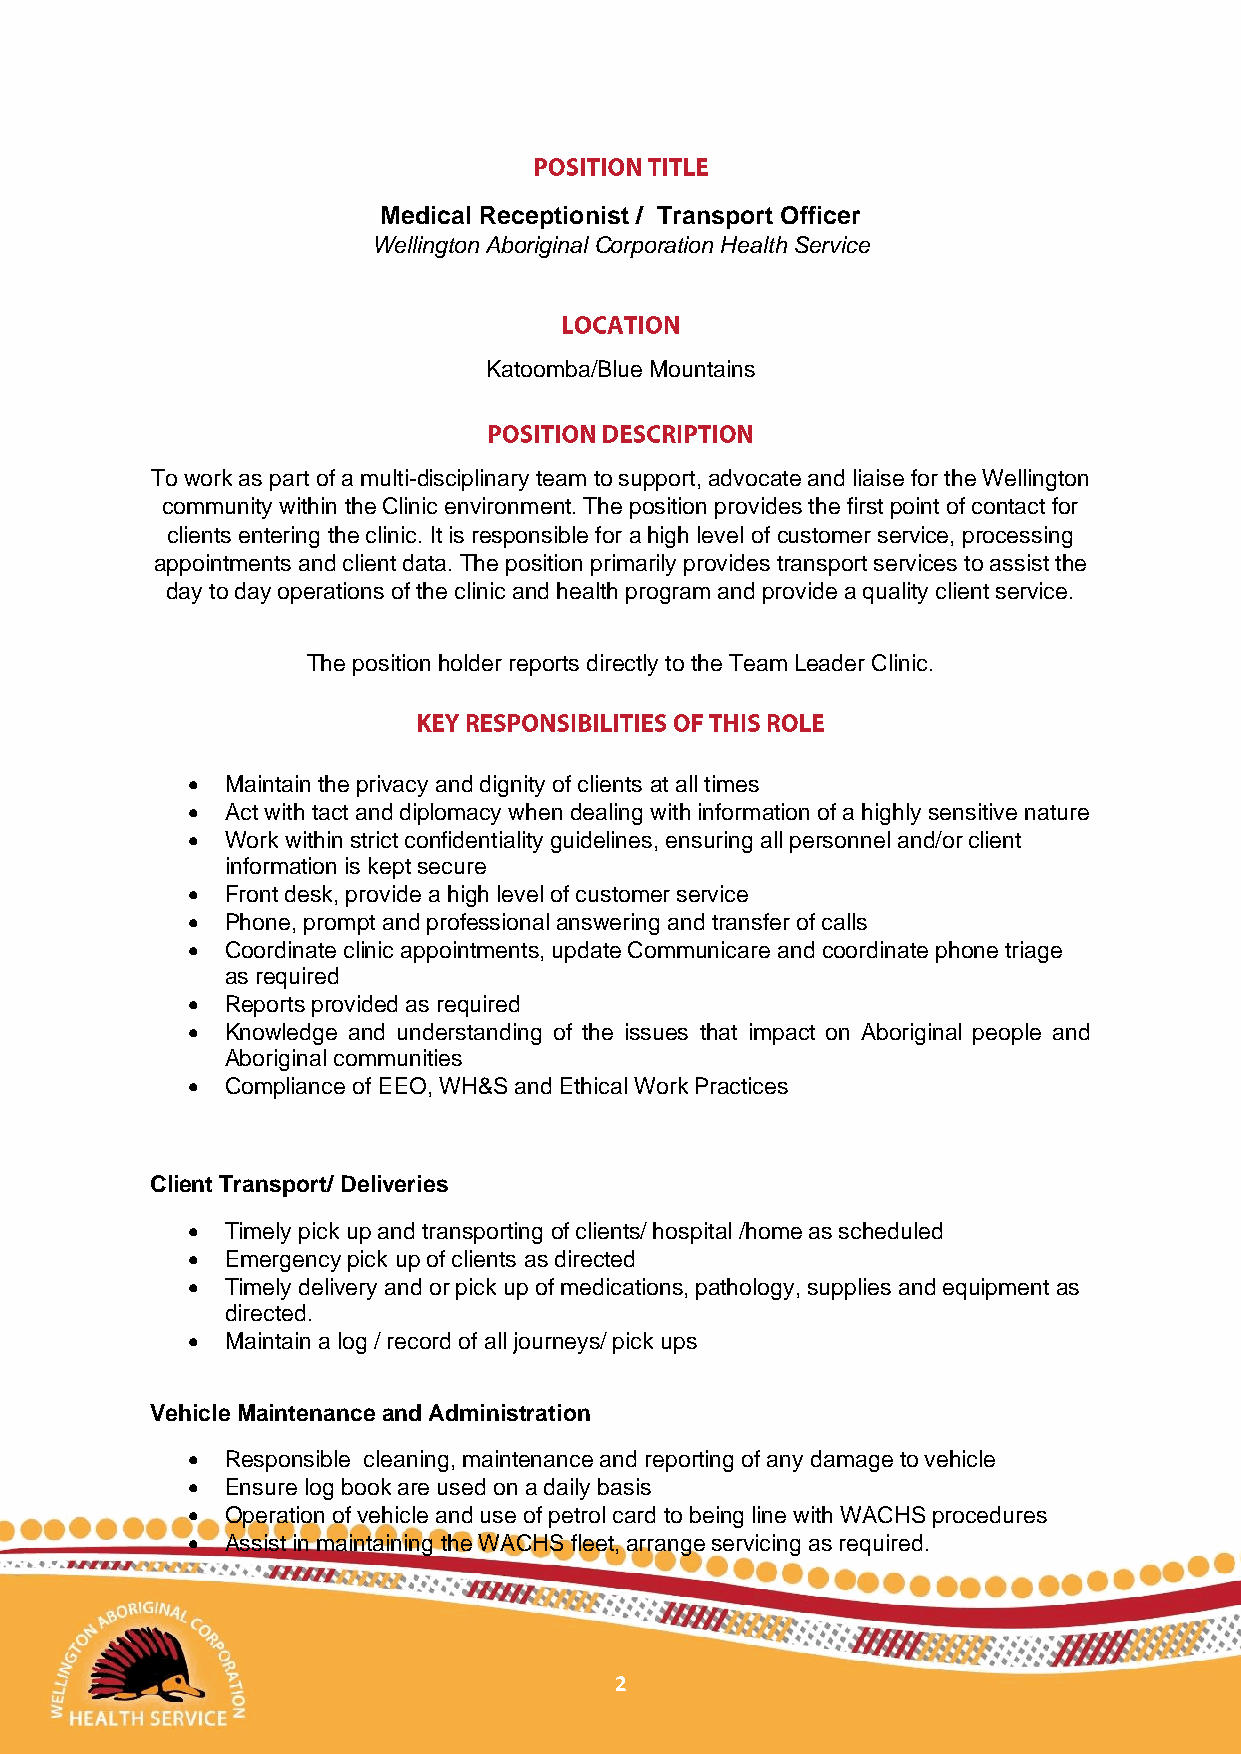
Medical Receptionist / Transport Officer
 Wellington Aboriginal Corporation Health Service
 Katoomba/Blue Mountains
 To work as part of a multi-disciplinary team to support, advocate and liaise for the Wellington
 community within the Clinic environment. The position provides the first point of contact for
 clients entering the clinic. It is responsible for a high level of customer service, processing
 appointments and client data. The position primarily provides transport services to assist the
 day to day operations of the clinic and health program and provide a quality client service.
 The position holder reports directly to the Team Leader Clinic.
 •  Maintain the privacy and dignity of clients at all times
 •  Act with tact and diplomacy when dealing with information of a highly sensitive nature
 •  Work within strict confidentiality guidelines, ensuring all personnel and/or client
 information is kept secure
 •  Front desk, provide a high level of customer service
 •  Phone, prompt and professional answering and transfer of calls
 •  Coordinate clinic appointments, update Communicare and coordinate phone triage
 as required
 •  Reports provided as required
 •  Knowledge and understanding of the issues that impact on Aboriginal people and
 Aboriginal communities
 •  Compliance of EEO, WH&S and Ethical Work Practices
 Client Transport/ Deliveries
 •  Timely pick up and transporting of clients/ hospital /home as scheduled
 •  Emergency pick up of clients as directed
 •  Timely delivery and or pick up of medications, pathology, supplies and equipment as
 directed.
 •  Maintain a log / record of all journeys/ pick ups
 Vehicle Maintenance and Administration
 •  Responsible cleaning, maintenance and reporting of any damage to vehicle
 •  Ensure log book are used on a daily basis
 •  Operation of vehicle and use of petrol card to being line with WACHS procedures
 •  Assist in maintaining the WACHS fleet, arrange servicing as required.
 2